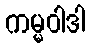
ကမ္မဝါဒါ